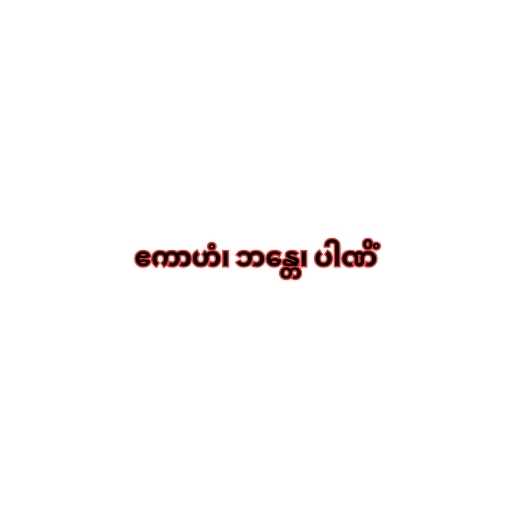
ဧကာဟံ၊ ဘန္တေ၊ ပါဏိံ